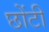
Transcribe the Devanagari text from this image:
छोंटी